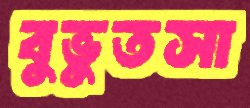
বুভুতসা